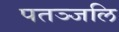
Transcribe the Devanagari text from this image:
पतञ्‍जलि